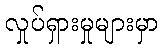
လှုပ်ရှားမှုများမှာ